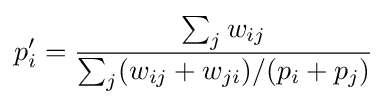
p_{i}'={\frac {\sum _{j}w_{ij}}{\sum _{j}(w_{ij}+w_{ji})/(p_{i}+p_{j})}}